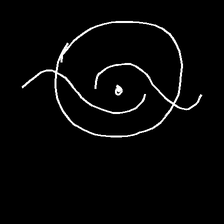
Glyph: repetition